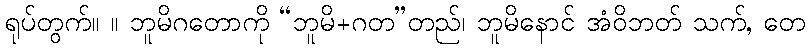
ရုပ်တွက်။ ။ ဘူမိဂတောကို “ဘူမိ+ဂတ”တည်၊ ဘူမိနောင် အံဝိဘတ် သက်, တေ